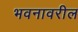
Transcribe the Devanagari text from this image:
भवनावरील